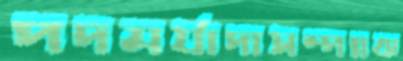
পদমর্যাদাসম্পন্নঝ